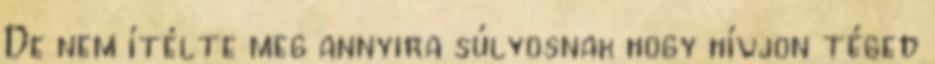
De nem ítélte meg annyira súlyosnak hogy hívjon téged